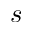
s